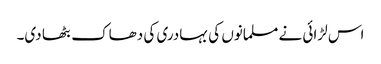
اس لڑائی نے مسلمانوں کی بہادری کی دھاک بٹھا دی۔